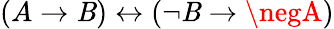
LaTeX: (A\to\mathit{B})\leftrightarrow(\neg\mathit{B}\to\negA)